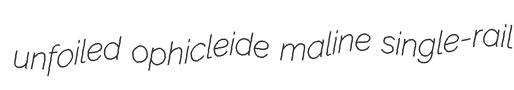
unfoiled ophicleide maline single-rail